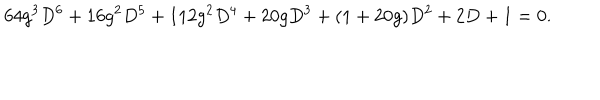
LaTeX: 6 4 g ^ { 3 } D ^ { 6 } + 1 6 g ^ { 2 } D ^ { 5 } + 1 1 2 g ^ { 2 } D ^ { 4 } + 2 0 g D ^ { 3 } + ( 1 + 2 0 g ) D ^ { 2 } + 2 D + 1 = 0 .